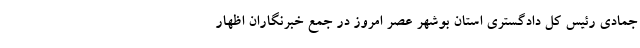
جمادی رئیس کل دادگستری استان بوشهر عصر امروز در جمع خبرنگاران اظهار